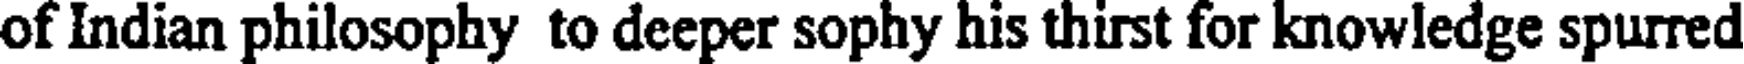
of Indian philosophy to deeper sophy his thirst for knowledge spurred